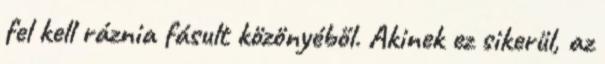
fel kell ráznia fásult közönyéből. Akinek ez sikerül, az